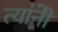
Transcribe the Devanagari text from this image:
त्यांनीेे